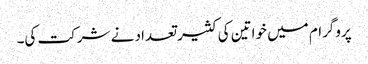
پروگرام میں خواتین کی کثیر تعداد نے شرکت کی۔